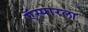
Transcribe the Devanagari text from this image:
ऍस्पारला